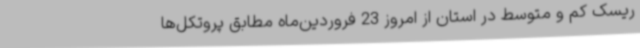
ریسک کم و متوسط در استان‌ از امروز 23 فروردین‌ماه مطابق پروتکل‌ها